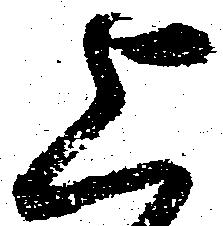
上